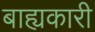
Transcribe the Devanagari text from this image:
बाह्यकारी